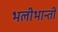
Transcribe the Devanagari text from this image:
भलीभान्ती